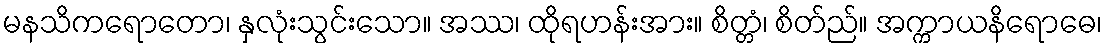
မနသိကရောတော၊ နှလုံးသွင်းသော။ အဿ၊ ထိုရဟန်းအား။ စိတ္တံ၊ စိတ်ည်။ အက္ကာယနိရောဓေ၊